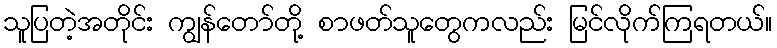
သူပြတဲ့အတိုင်း ကျွန်တော်တို့ စာဖတ်သူတွေကလည်း မြင်လိုက်ကြရတယ်။